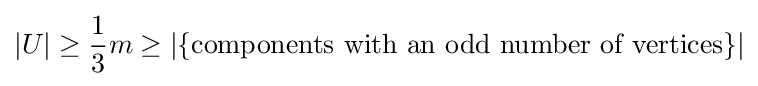
|U|\geq {\frac {1}{3}}m\geq |\{{\text{components with an odd number of vertices}}\}|